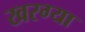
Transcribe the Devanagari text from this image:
खरग्या